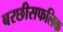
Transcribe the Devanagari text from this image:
बरछीसफलिक